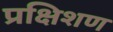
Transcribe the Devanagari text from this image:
प्रक्षिशण